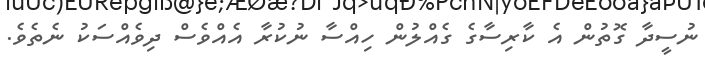
ނުސީދާ ގޮތުން އެ ކާރިސާގެ ގެއްލުން ހިއްސާ ނުކުރާ އެއްވެސް ދިވެއްސަކު ނެތެވެ.